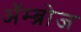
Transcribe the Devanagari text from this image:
ॲम्ब्रोज